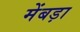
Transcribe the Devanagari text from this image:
मेंबड़ा